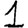
Digit: 1